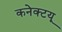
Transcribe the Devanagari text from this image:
कनेक्टयू